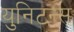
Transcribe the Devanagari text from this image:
युनिटन्स